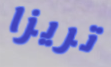
تريزا